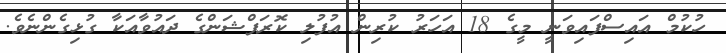
ހުކުމް އައިސްފައިވަނީ މީގެ 18 އަހަރު ކުރިން އުފުލި ކޮރަޕްޝަންގެ ދައުވާއަކާ ގުޅިގެންނެވެ.